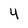
Character: 4